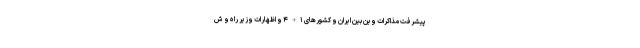
پیشرفت مذاکرات وین بین ایران و کشورهای ۱+۴ و اظهارات وزیر راه و ش